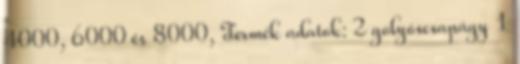
4000, 6000 és 8000, Termék adatok: 2 golyóscsapágy 1